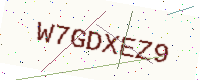
Text: W7GDXEZ9